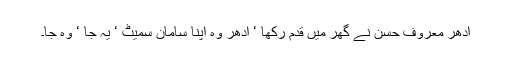
اِدھر معروف حسن نے گھر میں قدم رکھا ‘ ادھر وہ اپنا سامان سمیٹ ‘ یہ جا ‘ وہ جا۔